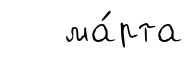
ма́рта